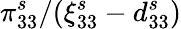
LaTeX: \pi_{33}^{s}/(\xi_{33}^{s}-d_{33}^{s})